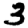
Digit: 3